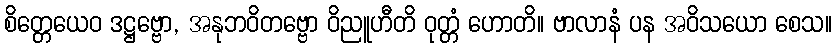
စိတ္တေယေဝ ဒဋ္ဌဗ္ဗော, အနုဘဝိတဗ္ဗော ဝိညူဟီတိ ဝုတ္တံ ဟောတိ။ ဗာလာနံ ပန အဝိသယော စေသ။